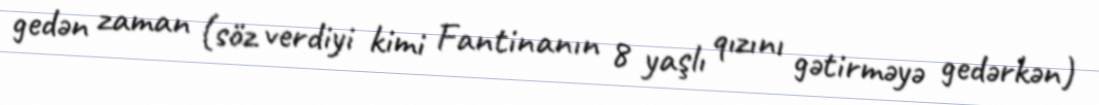
gedən zaman (söz verdiyi kimi Fantinanın 8 yaşlı qızını gətirməyə gedərkən)